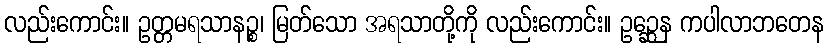
လည်းကောင်း။ ဥတ္တမရသာနဉ္စ၊ မြတ်သော အရသာတို့ကို လည်းကောင်း။ ဥဉ္ဆေန ကပါလာဘတေန